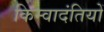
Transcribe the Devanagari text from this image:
किम्वादंतियों